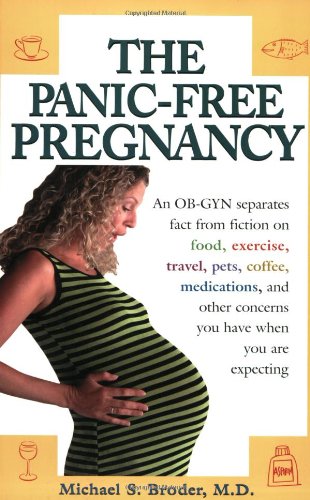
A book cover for The Panic-Free Pregnancy: An OB-GYN Separates Fact from Fiction on Food, Exercise, Travel, Pets, Coffee, Medications, and Concerns You Have When You Are Expecting; Michael Broder; Health, Fitness & Dieting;